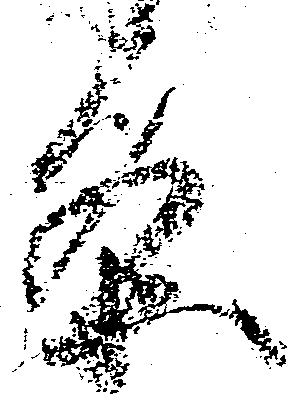
条